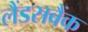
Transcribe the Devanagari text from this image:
लैंडसबैंक